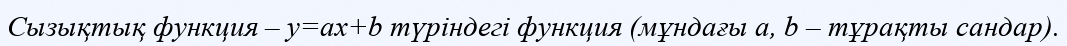
Сызықтық функция – у=ах+b түріндегі функция (мұндағы а, b – тұрақты сандар).